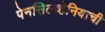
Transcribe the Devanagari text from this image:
पेनसिल्व्हेनियाची